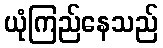
ယုံကြည်နေသည်